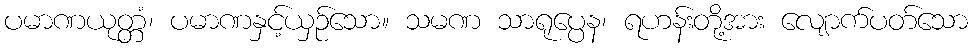
ပမာဏယုတ္တံ၊ ပမာဏနှင့်ယှဉ်သော။ သမဏ သာရုပ္ပေန၊ ရဟန်းတို့အား လျောက်ပတ်သော